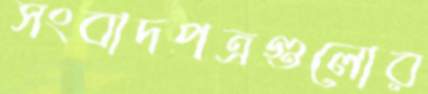
সংবাদপত্রগুলোর